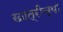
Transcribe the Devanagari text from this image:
खात्रीच्या